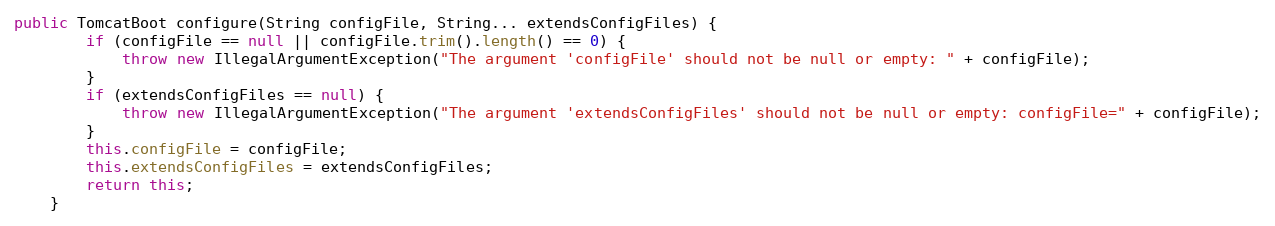
Language: Java
public TomcatBoot configure(String configFile, String... extendsConfigFiles) {
        if (configFile == null || configFile.trim().length() == 0) {
            throw new IllegalArgumentException("The argument 'configFile' should not be null or empty: " + configFile);
        }
        if (extendsConfigFiles == null) {
            throw new IllegalArgumentException("The argument 'extendsConfigFiles' should not be null or empty: configFile=" + configFile);
        }
        this.configFile = configFile;
        this.extendsConfigFiles = extendsConfigFiles;
        return this;
    }